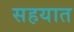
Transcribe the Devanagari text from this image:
सहयात